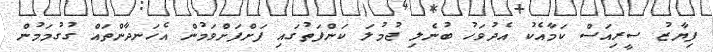
ފިޔާޒު ސީރިއަސް ކަމާއެކު އެދުވަހު ބުނެލި ޖުމުލަ ކަންފަތުގައި ފަށްފަށްވަމުން އެހަނދާންތައް ގުގުމަމުން